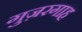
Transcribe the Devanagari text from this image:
गुज़रगाह